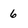
Character: 6